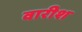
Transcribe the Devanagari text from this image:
वारीश